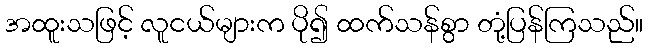
အထူးသဖြင့် လူငယ်များက ပို၍ ထက်သန်စွာ တုံ့ပြန်ကြသည်။